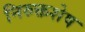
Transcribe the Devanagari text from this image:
निरुक्तशेष